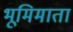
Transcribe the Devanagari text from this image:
भूमिमाता